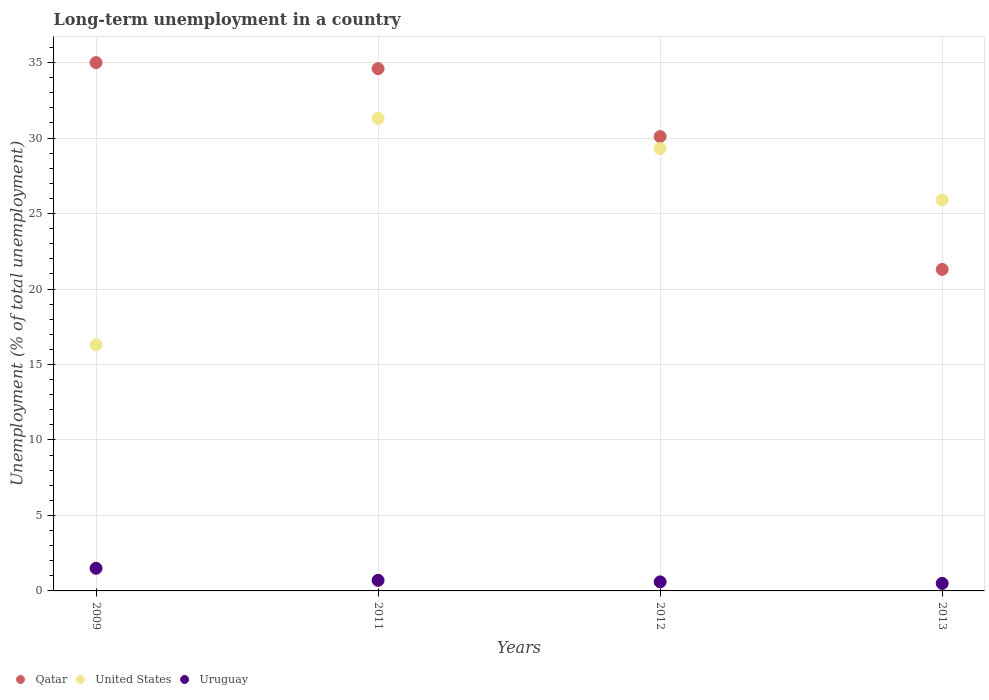
| Years | Qatar | United States | Uruguay |
 | --- | --- | --- | --- |
 | 2009 | 35 | 16.3 | 1.5 |
 | 2011 | 34.6 | 31.3 | 0.7 |
 | 2012 | 30.1 | 29.3 | 0.6 |
 | 2013 | 21.3 | 25.9 | 0.5 |